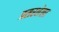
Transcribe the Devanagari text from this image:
प्रसरलेला